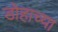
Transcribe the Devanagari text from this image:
डोहाच्या